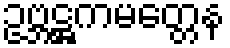
ဥဗ္ဘဋ္ဌကမတ္တေန